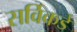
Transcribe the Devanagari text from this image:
सर्विकडे